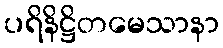
ပရိနိဋ္ဌိတမေသာနာ